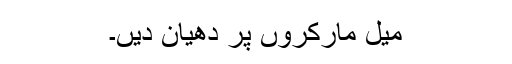
میل مارکروں پر دھیان دیں۔